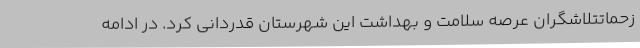
زحماتتلاشگران عرصه سلامت و بهداشت این شهرستان قدردانی کرد. در ادامه